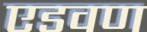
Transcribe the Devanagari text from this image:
एडवण